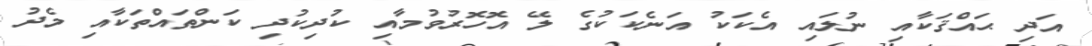
އަދި ޙައްޤަކާއި ނުލައި އެކަކު އަނެކަކުގެ ލޭ އޮހޮރުވުމާއި ކުދިކުދި ކަންތައްތަކާއި މެދު